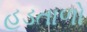
હડતાળો